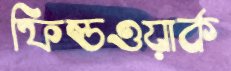
ফিল্ডওয়ার্ক